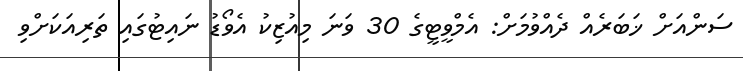
ސަންއަށް ޚަބަރެއް ދެއްވުމަށް: އެމްވީޓީގެ 30 ވަނަ މިއުޒިކު އެވޯޑު ނައިޓުގައި ތަރިއަކަށްވި